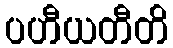
ပဟီယတီတိ